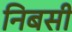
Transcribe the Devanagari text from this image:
निबसी